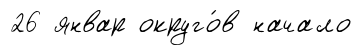
26 январ округо́в начало